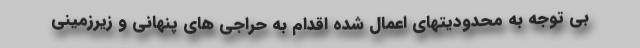
بی توجه به محدودیتهای اعمال شده اقدام به حراجی های پنهانی و زیرزمینی